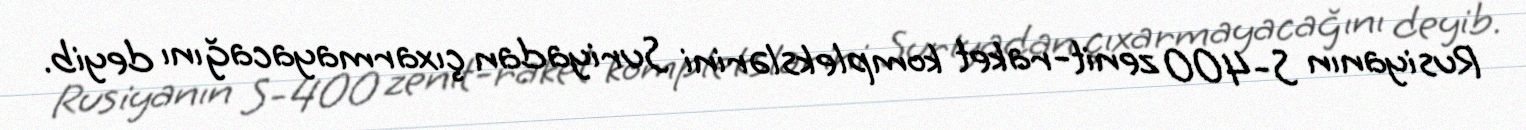
Rusiyanın S-400 zenit-raket komplekslərini Suriyadan çıxarmayacağını deyib.